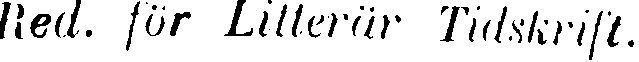
Red. för Litterär Tidskrift.